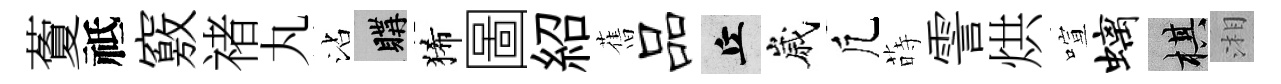
藑祗竅禇丸沾購狶圖紹𦾔品丘嵗凢蒔霅烘喧螭棋湘